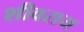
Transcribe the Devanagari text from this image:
शीवराय